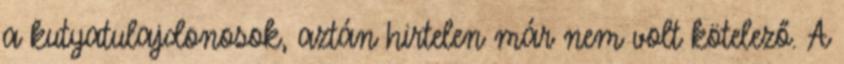
a kutyatulajdonosok, aztán hirtelen már nem volt kötelező. A